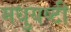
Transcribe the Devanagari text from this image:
मधुयष्‍टी